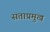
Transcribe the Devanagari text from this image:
सत्ताप्रमुख